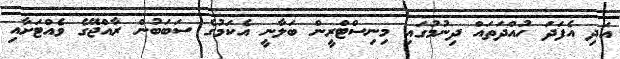
އަދި އެފަދަ ހުއްދަތައް ދިނުުމުގައި މިނިސްޓްރީން ބަލާނީ އެކަމުގެ ސަބަބުން ރާއްޖޭގެ ވެއްޓަށާއި